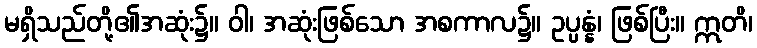
မရှိသည်တို့၏အဆုံး၌။ ဝါ၊ အဆုံးဖြစ်သော အစကာလ၌။ ဥပ္ပန္နံ၊ ဖြစ်ပြီး။ ဣတိ၊